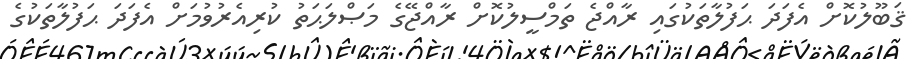
ޤަބޫލުކޮށް އެފަދަ ޙަފުލާތަކުގައި ރާއްޖެ ތަމްސީލުކޮށް ރާއްޖޭގެ މަޞްލަޙަތު ކުރިއެރުވުމަށް އެފަދަ ޙަފުލާތަކުގެ